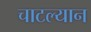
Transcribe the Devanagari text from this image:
चाटल्यान